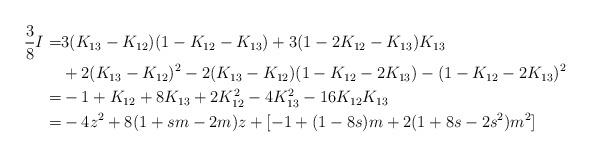
LaTeX: \begin{align*}\frac 38 I =& 3(K_{13} -K_{12})(1-K_{12}-K_{13}) +3 (1-2K_{12}-K_{13}) K_{13}\\ & + 2(K_{13}-K_{12})^2 - 2(K_{13}-K_{12})(1-K_{12}-2K_{13}) - (1-K_{12}-2K_{13})^2 \\=& -1+K_{12}+8K_{13}+2K_{12}^2-4K_{13}^2-16K_{12}K_{13}\\=& -4z^2 + 8(1+sm-2m)z + [-1+(1-8s)m+2(1+8s-2s^2)m^2] \\\end{align*}